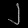
Digit: ၂